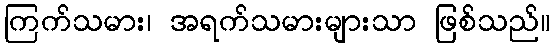
ကြက်သမား၊ အရက်သမားများသာ ဖြစ်သည်။